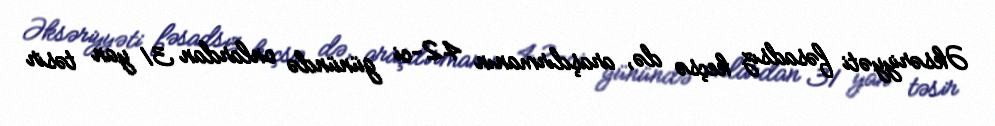
Əksəriyyəti fəsadsız keçsə də, araşdırmanın 42-ci günündə onlardan 31 yan təsir